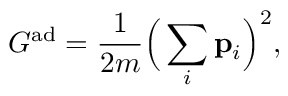
G ^ { \mathrm { a d } } = \frac 1 { 2 m } \Big ( \sum _ { i } \mathbf { p } _ { i } \Big ) ^ { 2 } ,